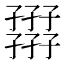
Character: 𡦪